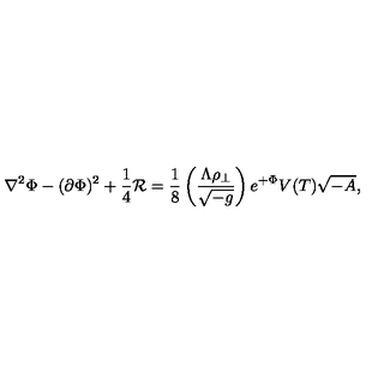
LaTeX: \nabla ^ { 2 } \Phi - ( \partial \Phi ) ^ { 2 } + { \frac { 1 } { 4 } } { \cal R } = { \frac { 1 } { 8 } } \left( { \frac { \Lambda \rho _ { \perp } } { \sqrt { - g } } } \right) e ^ { + \Phi } V ( T ) \sqrt { - A } ,